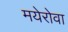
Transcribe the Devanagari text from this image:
मयेरोवा